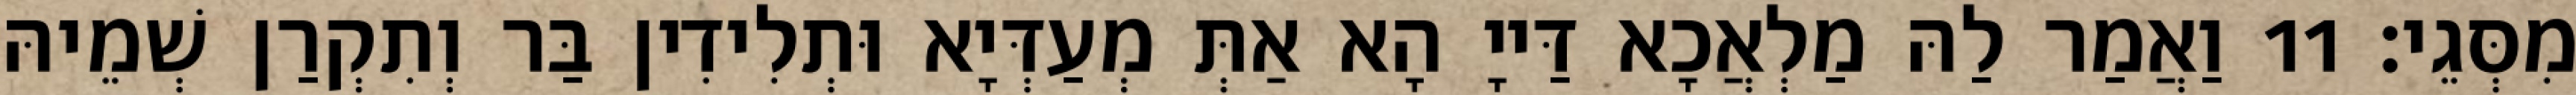
מִסְּגֵי׃ 11 וַאֲמַר לַהּ מַלְאֲכָא דַּייָ הָא אַתְּ מְעַדְּיָא וּתְלִידִין בַּר וְתִקְרַן שְׁמֵיהּ